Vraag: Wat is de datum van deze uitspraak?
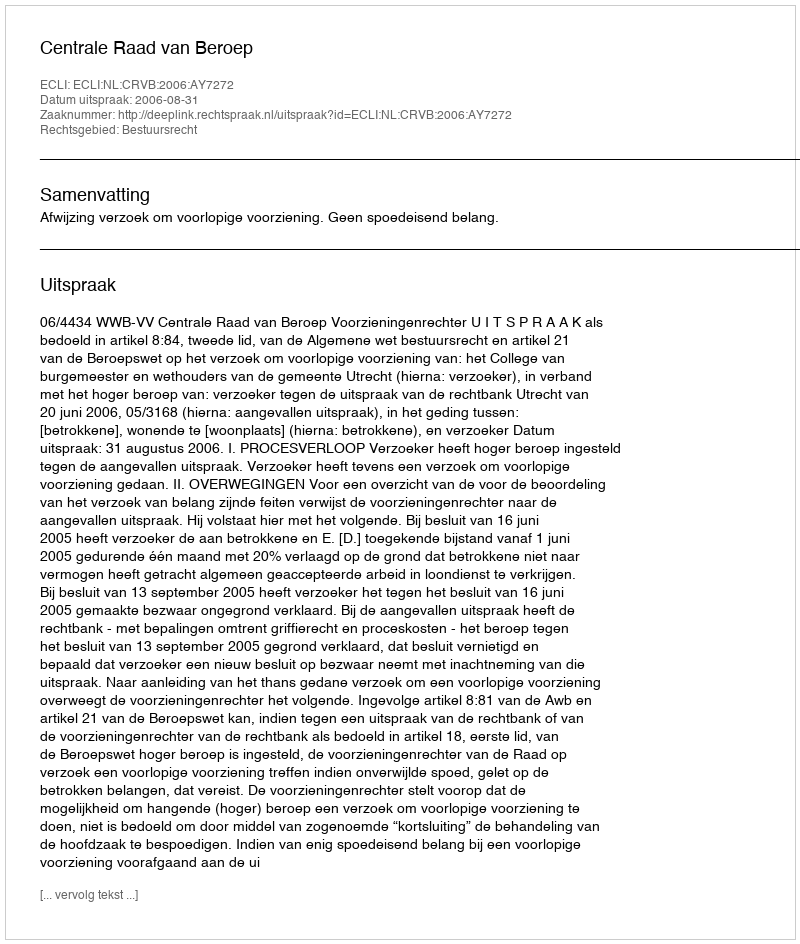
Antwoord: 2006-08-31